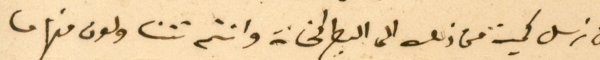
ان نرسل كمية من ذلك الى البطركخانة وانتم تتناولون منها ما